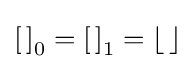
\left[\,\right]_{0}=\left[\,\right]_{1}=\lfloor \,\rfloor